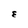
Character: E